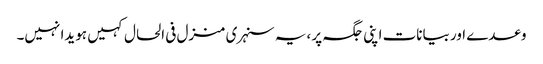
وعدے اور بیانات اپنی جگہ پر ،یہ سنہری منزل فی الحال کہیں ہویدا نہیں۔